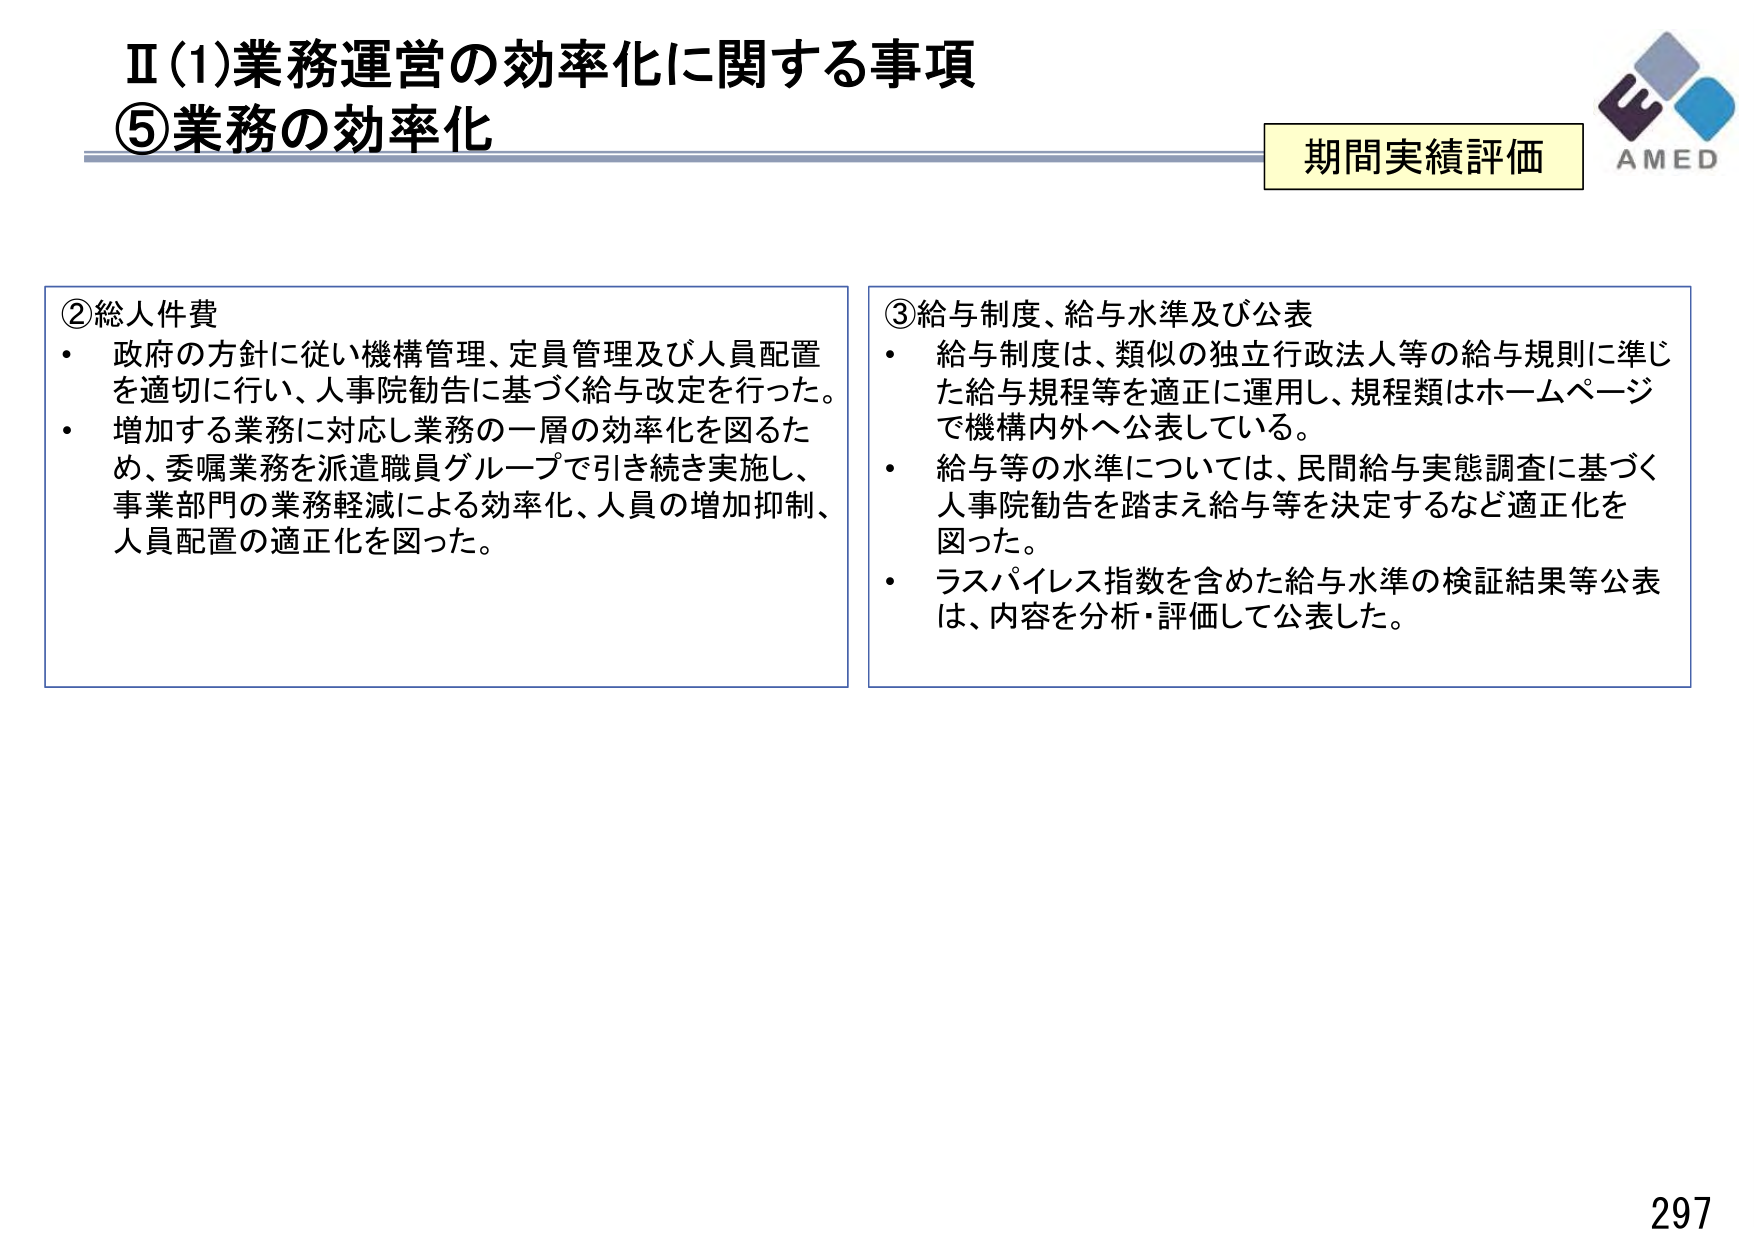
Ⅱ(1)業務運営の効率化に関する事項
⑤業務の効率化

期間実績評価

②総人件費
・政府の方針に従い機構管理、定員管理及び人員配置を適切に行い、人事院勧告に基づく給与改定を行った。
・増加する業務に対応し業務の一層の効率化を図るため、委嘱業務を派遣職員グループで引き続き実施し、事業部門の業務軽減による効率化、人員の増加抑制、人員配置の適正化を図った。

③給与制度、給与水準及び公表
・給与制度は、類似の独立行政法人等の給与規則に準じた給与規程等を適正に運用し、規程類はホームページで機構内外へ公表している。
・給与等の水準については、民間給与実態調査に基づく人事院勧告を踏まえ給与等を決定するなど適正化を図った。
・ラスパイレス指数を含めた給与水準の検証結果等公表は、内容を分析・評価して公表した。

AMED
297